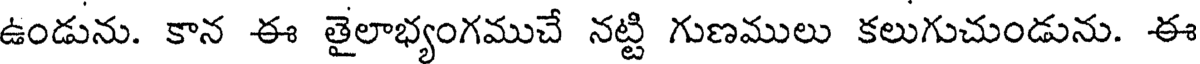
ఉండును. కాన ఈ తైలాభ్యంగముచే నట్టి గుణములు కలుగుచుండును. ఈ